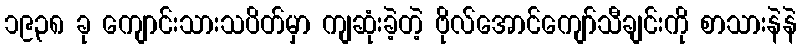
၁၉၃၈ ခု ကျောင်းသားသပိတ်မှာ ကျဆုံးခဲ့တဲ့ ဗိုလ်အောင်ကျော်သီချင်းကို စာသားနဲနဲ